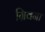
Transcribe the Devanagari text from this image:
ग्रिवना